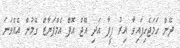
ދޭން ހަމަޖެހިފައިވާ އިރު ފީފާ އަދި އޭޖް އޮފް އެމްޕަޔާޒް ގޭމުން އެއްވަނަ